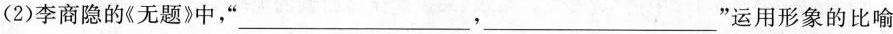
(2)李商隐的《无题》中，”___，___”运用形象的比喻